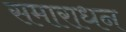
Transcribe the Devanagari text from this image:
समाराधन